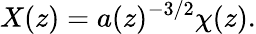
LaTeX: X(z)=a(z)^{-3/2}\chi(z).